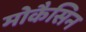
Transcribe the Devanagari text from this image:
मोकैसिन